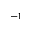
^ { - 1 }